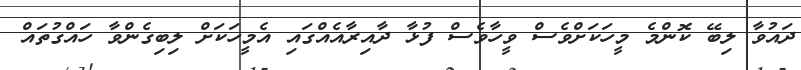
ދައުވާ ލިބޭ ކޮންމެ މީހަކަށްވެސް ވީހާވެސް ފުޅާ ދާއިރާއެއްގައި އެމީހަކަށް ލިބިގެންވާ ހައްގުތައް